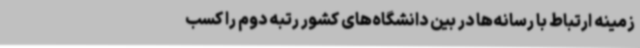
زمینه ارتباط با رسانه‌ها در بین دانشگاه‌های کشور رتبه دوم را کسب